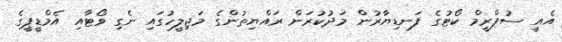
އެއީ ސުޕްރީމް ކޯޓުގެ ފަނޑިޔާރުން މަދުކުރަން ރައްޔިތުންގެ މަޖިލީހުގައި ނެގި ވޯޓާއި އެމްޑީޕީގެ